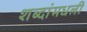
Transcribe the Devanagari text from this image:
शब्दांमधली